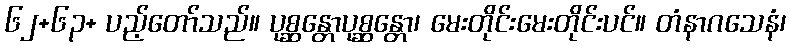
၆၂+၆၃+ ပည့်တော်သည်။ ပုစ္ဆန္တောပုစ္ဆန္တော၊ မေးတိုင်းမေးတိုင်းပင်။ တံနာဂသေနံ၊